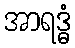
အာရဒ္ဓံ